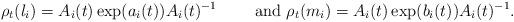
LaTeX: \begin{align*}\rho_t(l_i)= A_i(t) \exp( a_i(t))A_i(t)^{-1}\qquad\textrm{ and }\rho_t(m_i)= A_i(t) \exp( b_i(t))A_i(t)^{-1}. \end{align*}